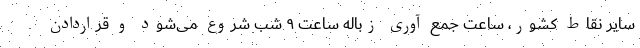
سایر نقاط کشور، ساعت جمع آوری زباله ساعت ۹ شب شروع می‌شود و قراردادن